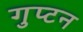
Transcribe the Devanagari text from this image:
गुप्टन